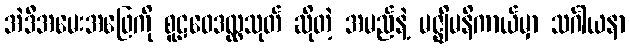
အဲဒီအမေးအဖြေကို စူဠဝေဒလ္လသုတ် ဆိုတဲ့ အမည်နဲ့ မဇ္ဈိမနိကာယ်မှာ သင်္ဂါယနာ